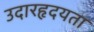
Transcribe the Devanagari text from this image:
उदारहृदयता